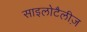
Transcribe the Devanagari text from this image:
साइलोटैलीज़